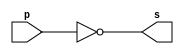
// ---------------------
// Guia 02_03 - NOT
// Nome: Heitor Terozendi
// ---------------------

// ---------------------
// -- nand gate
// ---------------------

module nandgate (s, p);
 output s;
 input  p;
 
 assign s = ~( p & p);

endmodule // nandgate

// ---------------------
// -- not gate with nand
// ---------------------

module notgate (s, p);
 output s;
 input  p;
 
 nandgate NAND1 (s,p);

endmodule // notgate 


// ---------------------
// -- test and gate with nor
// ---------------------

module testnotgate;
 reg   a;
 wire  s;
          // instancia
 notgate NOT1 (s, a);
 
  initial begin:start
      a=0;
 end
 
          // parte principal
 initial begin
      $display("Guia 02_03 - Heitor Terozendi - 396698");
      $display("Test NOT gate");
      $display("\n~a = s\n");
      $monitor("~%b = %b", a, s);
  #1  a=1;
  
 end

endmodule // testnotgate